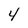
Character: 4